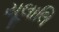
યૂલાલિ